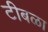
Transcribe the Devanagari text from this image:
टीबळा